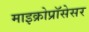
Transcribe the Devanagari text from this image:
माइक्रोप्रॉसेसर